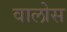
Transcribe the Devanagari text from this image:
वालोस